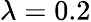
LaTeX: \lambda=0.2